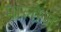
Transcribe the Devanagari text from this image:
मालौंज